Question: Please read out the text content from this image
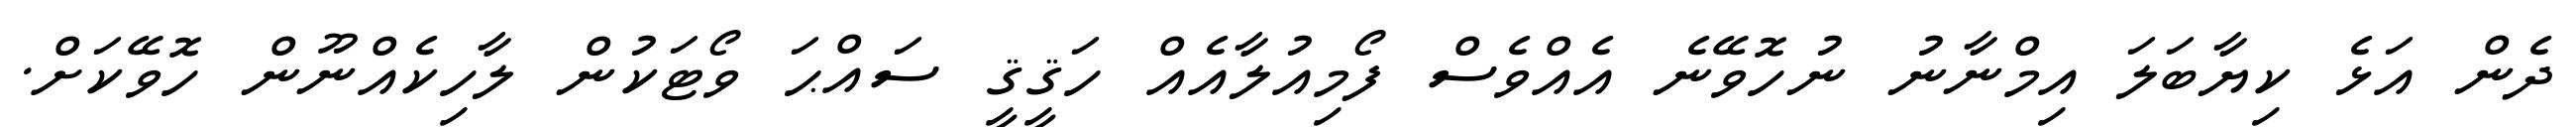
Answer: ދެން އަޅެ ކިޔާބަލަ އިމްނާނު ނުހޮވޭނެ އެއްވެސް ފޯމިއުލާއެއް ހަޤީޤީ ސައްޙަ ވޯޓަކުން ލާހިކެއްނޫން ހޮވޭކަށް.